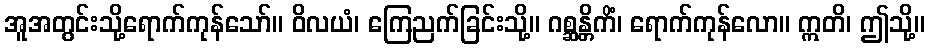
အူအတွင်းသို့ရောက်ကုန်သော်။ ဝိလယံ၊ ကြေညက်ခြင်းသို့။ ဂစ္ဆန္တိကိံ၊ ရောက်ကုန်လော။ ဣတိ၊ ဤသို့။